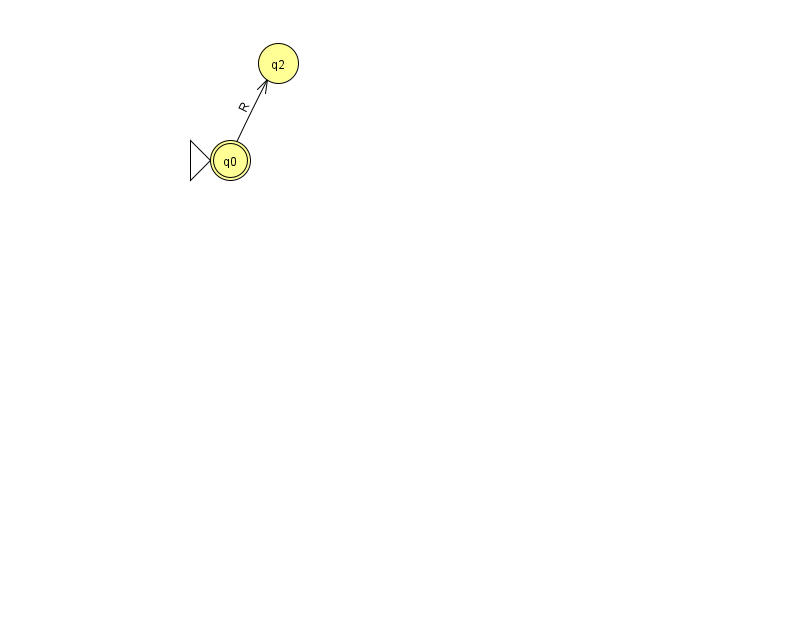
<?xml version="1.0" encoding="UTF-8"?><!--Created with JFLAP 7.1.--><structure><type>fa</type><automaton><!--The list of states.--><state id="0" name="q0"><x>230.0</x><y>147.0</y><initial/><final/></state><state id="2" name="q2"><x>278.0</x><y>50.0</y></state><!--The list of transitions.--><transition><from>0</from><to>2</to><read>R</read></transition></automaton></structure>